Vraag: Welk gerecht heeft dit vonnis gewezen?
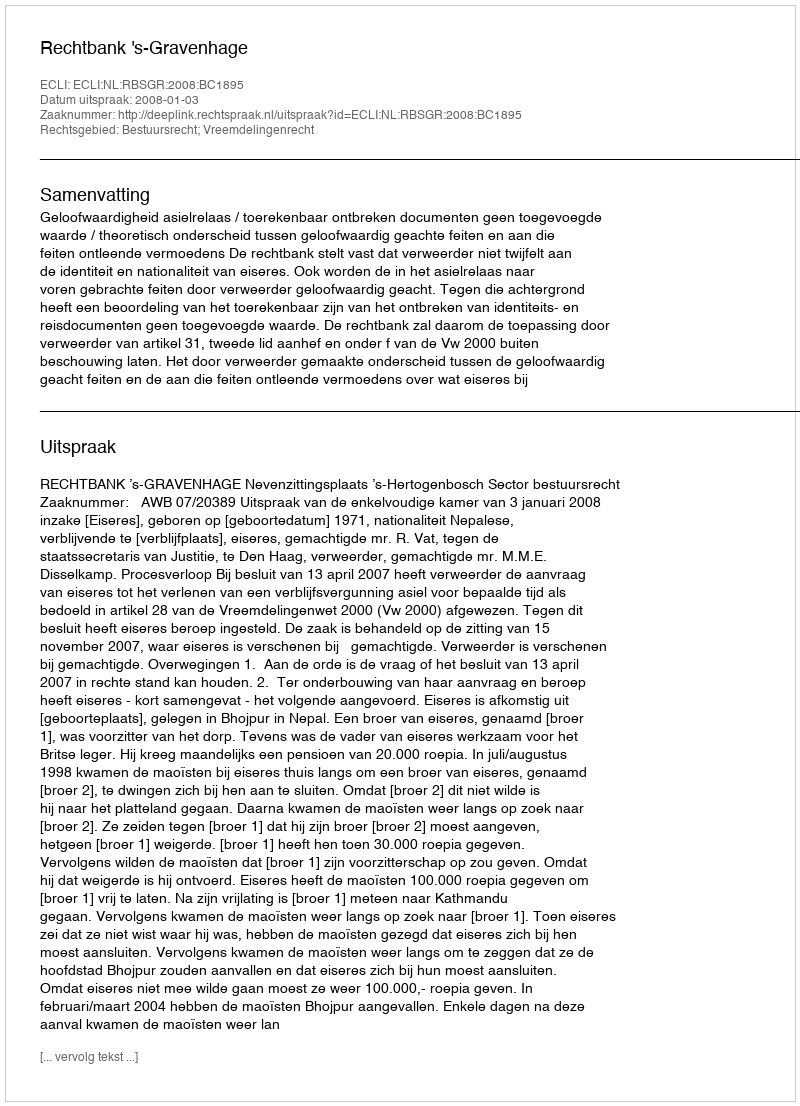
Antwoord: Rechtbank 's-Gravenhage